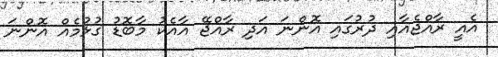
އެއީ ރާއްޖެއާއި ދުރުގައި އޮންނަ އަދި ރާއްޖޭ އާއެކު މާބޮޑު ގުޅުމެއް އޮންނަ